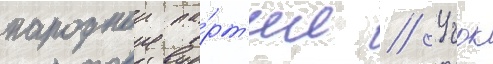
народнои па́рт'ии // Учок